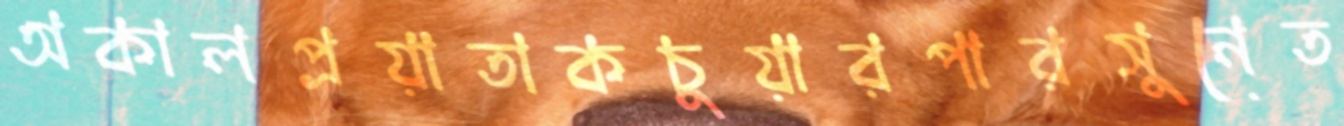
অকালপ্রয়াতাকচুয়ারপারসুনেত